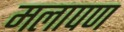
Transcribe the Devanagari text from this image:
मलापण